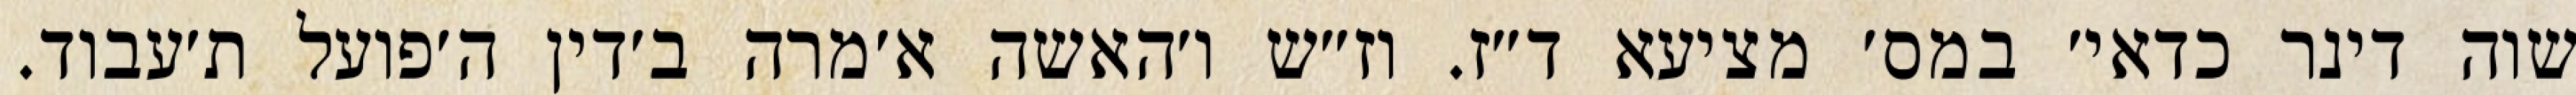
שוה דינר כדאי׳ במס׳ מציעא ד״ז. וז״ש ו׳האשה א׳מרה ב׳דין ה׳פועל ת׳עבוד.